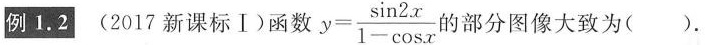
列1.2(2017新课标Ⅰ)函数 $$y= \frac{ \sin 2 x}{ 1 - \cos x}$$的部分图像大致为()。